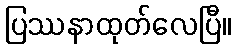
ပြဿနာထုတ်လေပြီ။